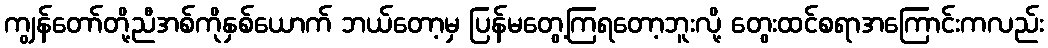
ကျွန်တော်တို့ညီအစ်ကိုနှစ်ယောက် ဘယ်တော့မှ ပြန်မတွေ့ကြရတော့ဘူးလို့ တွေးထင်စရာအကြောင်းကလည်း